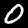
Label: 0